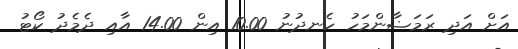
އަށް އަދި ރަމަޟާންމަހު ހެނދުނު 10.00 އިން 14.00 އާއި ދެމެދު ކޯޓު